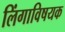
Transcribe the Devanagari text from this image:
लिंगाविषयक